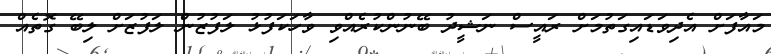
މައާފަށް އެދިވަޑައިގަތުމަށް ރައީސް ނަޝީދު ބޭނުންކުރެއްވި ވާހަކަފުޅު ލަފުޒުން ލަފުޒަށް ލިބޭ ގޮތެއް